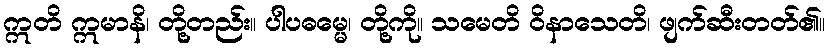
ဣတိ ဣမာနိ၊ တို့တည်း။ ပါပဓမ္မေ၊ တို့ကို။ သမေတိ ဝိနာသေတိ၊ ဖျက်ဆီးတတ်၏။